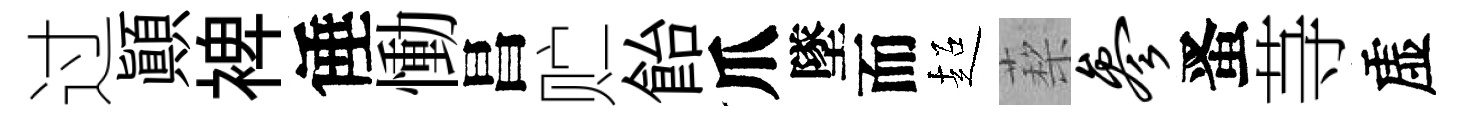
过顚裨倕慟昌贮飴爪墜而超蔾参󱉠䒭虚